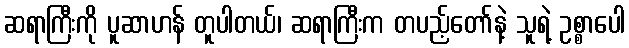
ဆရာကြီးကို ပူဆာဟန် တူပါတယ်၊ ဆရာကြီးက တပည့်တော်နဲ့ သူရဲ့ ဥစ္စာပေါ